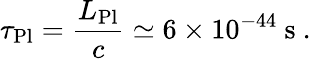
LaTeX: \tau_{\mathrm{Pl}}=\frac{L_{\mathrm{Pl}}}{c}\simeq 6\times 10^{-44}\ \mathrm{s}\ .